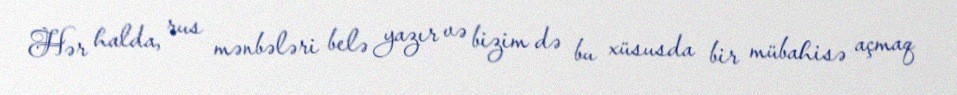
Hər halda, rus mənbələri belə yazır və bizim də bu xüsusda bir mübahisə açmaq